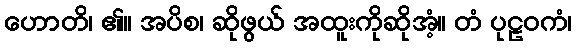
ဟောတိ၊ ၏။ အပိစ၊ ဆိုဖွယ် အထူးကိုဆိုအံ့။ တံ ပုဠဝကံ၊